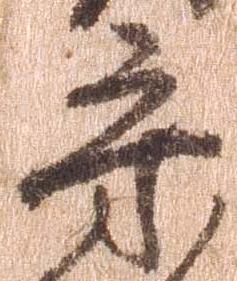
守